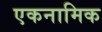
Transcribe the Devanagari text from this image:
एकनामिक